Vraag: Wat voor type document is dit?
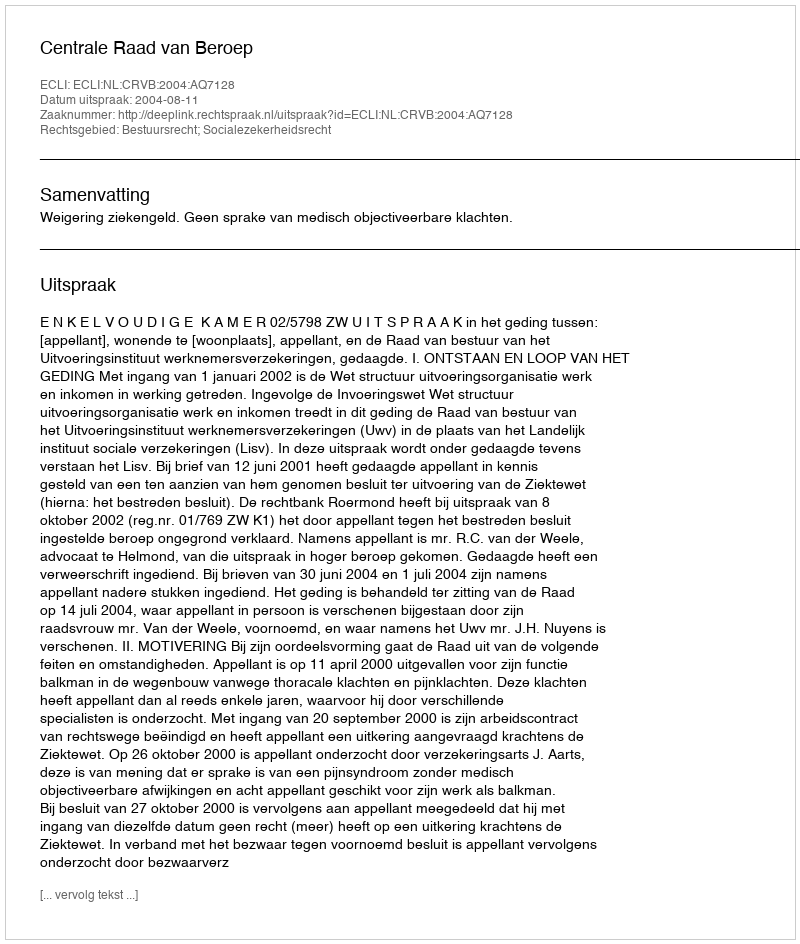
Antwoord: Uitspraak